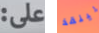
على: لينقذ